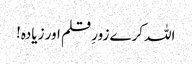
اللہ کرے زورِ قلم اور زیادہ!